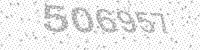
Solution: 506957